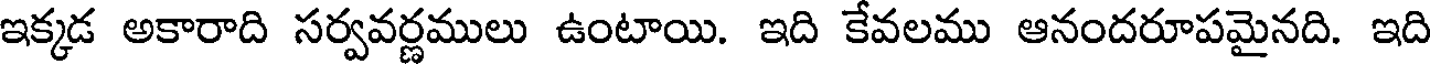
ఇక్కడ అకారాది సర్వవర్ణములు ఉంటాయి. ఇది కేవలము ఆనందరూపమైనది. ఇది